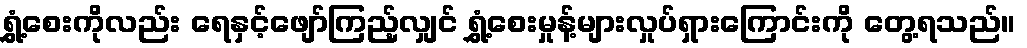
ရွှံ့စေးကိုလည်း ရေနှင့်ဖျော်ကြည့်လျှင် ရွှံ့စေးမှုန့်များလှုပ်ရှားကြောင်းကို တွေ့ရသည်။